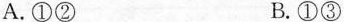
A.①② B.①③